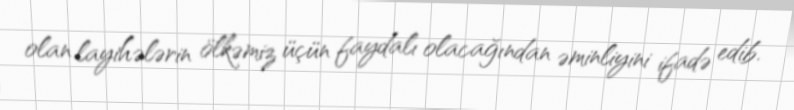
olan layihələrin ölkəmiz üçün faydalı olacağından əminliyini ifadə edib.